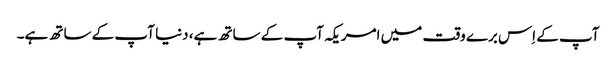
آپ کے اِس برے وقت میں امریکہ آپ کے ساتھ ہے، دنیا آپ کے ساتھ ہے۔